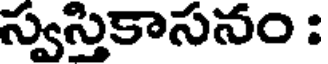
స్వస్తికాసనం :